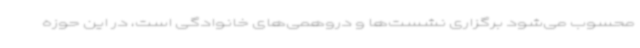
محسوب می‌شود برگزاری نشست‌ها و دروهمی‌های خانوادگی است، در این حوزه